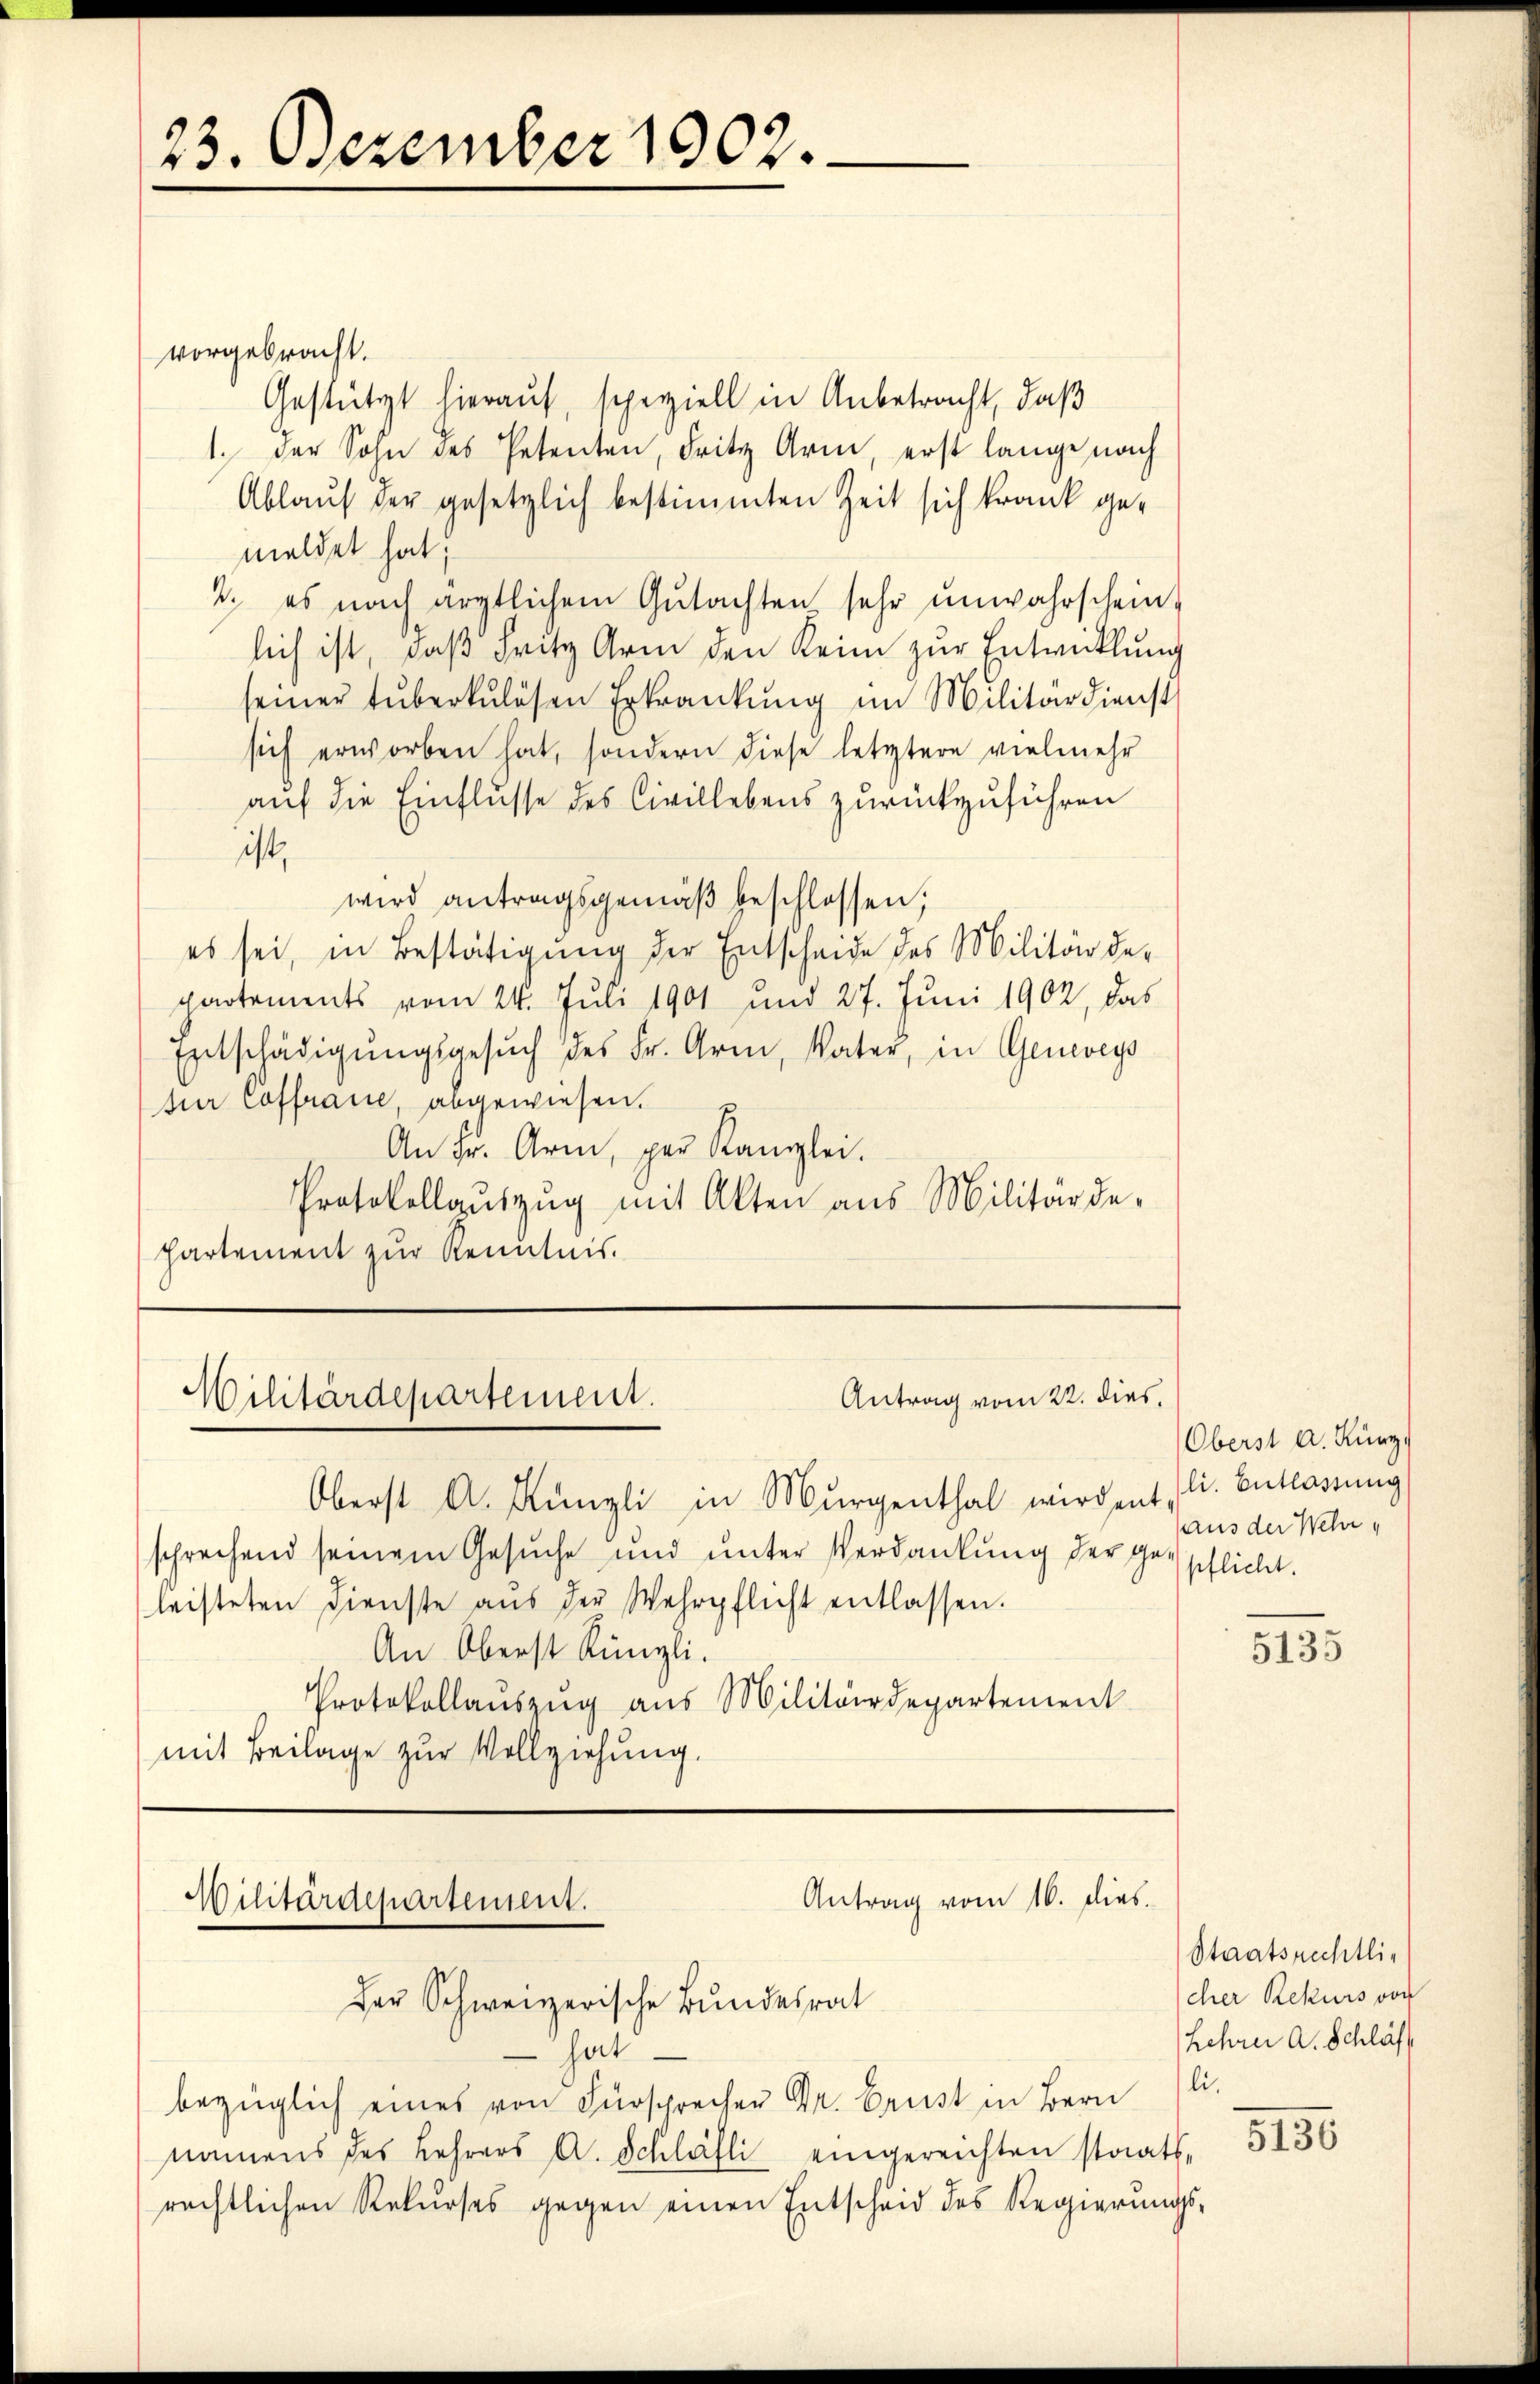
23. Dezember 1902.

vorgebracht.
Gestützt hierauf, speziell in Anbetracht, daß
1. Der Sohn des Petenten, Fritz Arm, erst lange nach
Ablauf der gesetzlich bestimmten Zeit sich krank gemeldet hat;
2. es nach ärztlichem Gutachten sehr unwahrschein,
lich ist, daß Fritz Arm den Keim zur Entwicklung
seiner tŭberkulösen Erkrankŭng im Militärdienst
sich erworben hat, sondern diese letztere vielmehr
auf die Einflüsse des Civillebens zurückzuführen
ist,
wird antragsgemäβ beschlossen;
es sei, in Bestätigung der Entscheide des Militär departements vom 24. Juli 1901 und 27. Juni 1902, das
Entschädigŭngsgesŭch des Fr. Arm, Vater, in Geneveys
tur Coffraue, abgewiesen. E
An Fr. Arm, par Kanzlei.
Protokollaŭszŭg mit Akten aus Militärde-
partement zur Kenntnis.

Antrag vom 22. dies
Militärdepartement.

Oberst A. Künzli in Murgenthal wirdent (li. Entlassung
sprechend seinem Gesuche und unter Verdankung der ge
leisteten Dienste aus der Wehrpflicht entlassen.
An Oberst Küngli.
Protokollauszug aus Militärdepartement
mit Beilage zur Vollziehung.

Antrag vom 16. dies
Wilitärdepartement.
Der Schweizerische Bundesrat

hat
bezüglich eines von Fürsprecher Dr. Brust in Bern
namens des Lehrers A. Schläfli eingereichten staats-
rechtlichen Rekŭrses gegen einen Entscheid des Regierŭngs-

Oberst a. Kurz
aus der Wehr
pflicht.

5135

Staatsrechtlicher Rekurs von
Lehrer A. Schläf
li.

5150